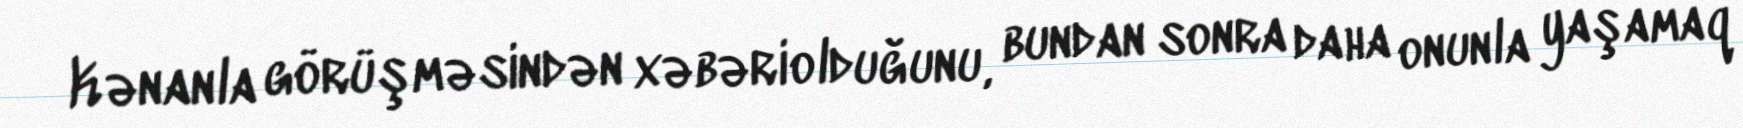
Kənanla görüşməsindən xəbəriolduğunu, bundan sonra daha onunla yaşamaq